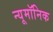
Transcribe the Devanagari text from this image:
न्यूमॉनिक